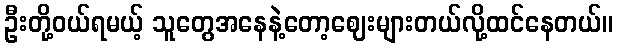
ဦးတို့ဝယ်ရမယ့် သူတွေအနေနဲ့တော့ဈေးများတယ်လို့ထင်နေတယ်။